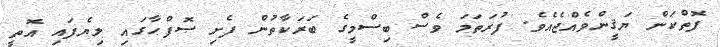
ފޮތްކަން ޔަޤީންވެއްޖެއެވެ. ފުރަތަމަ ވެސް ބިސްމީގެ ބަަރަކާތުން ފެށި ޞޮފްޙާގައި ލިޔެފައި އޮތީ